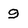
Character: 9